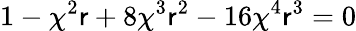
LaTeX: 1-\chi^{2}\mathsf{r}+8\chi^{3}\mathsf{r}^{2}-16\chi^{4}\mathsf{r}^{3}=0